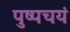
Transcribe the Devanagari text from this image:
पुष्पचयं